画像に写った文字を読んでください
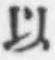
「以」と書いてあります